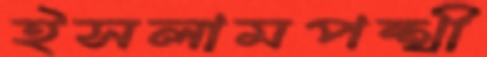
ইসলামপন্থী